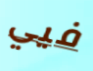
فيي